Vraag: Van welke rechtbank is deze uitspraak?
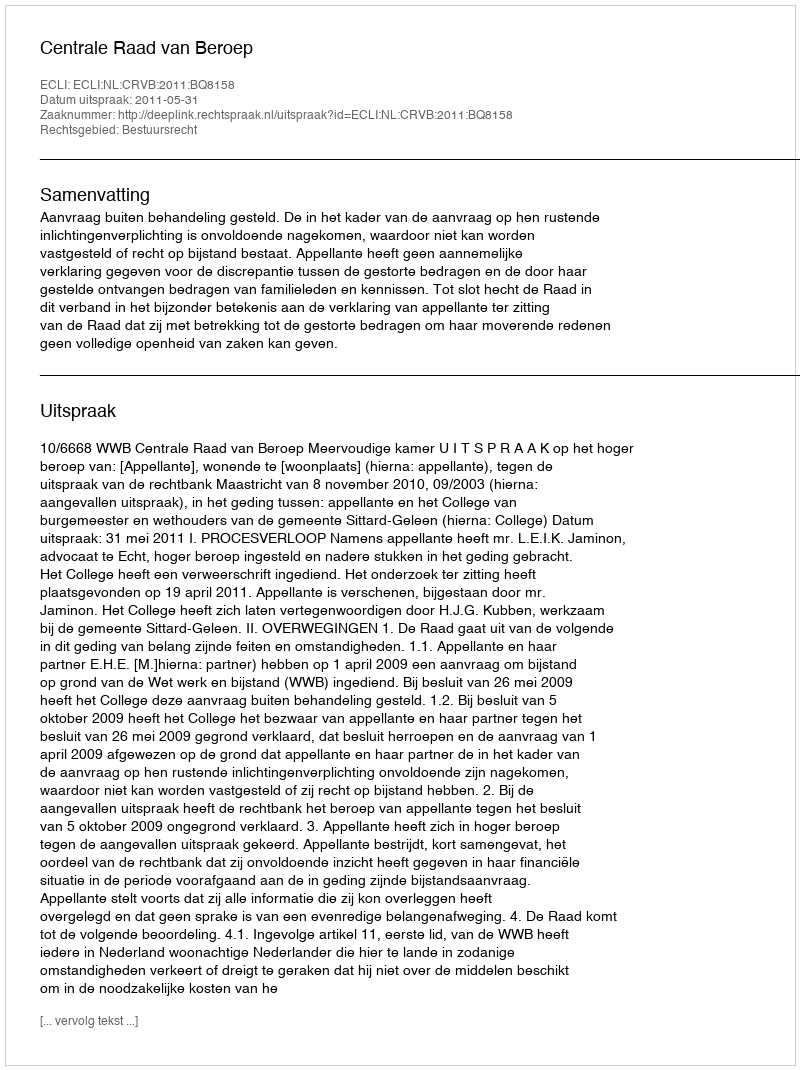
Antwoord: Centrale Raad van Beroep